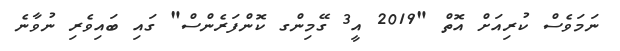
ނަމަވެސް ކުރިއަށް އޮތް "2019 އީ3 ގޭމިންގ ކޮންފަރެންސް" ގައި ބައިވެރި ނުވާނެ